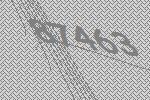
87463